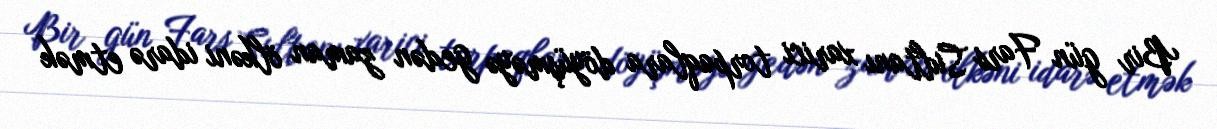
Bir gün Fars Sultanı xarici torpaqlara döyüşməyə gedən zaman ölkəni idarə etmək